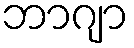
ဘာဂျာ